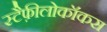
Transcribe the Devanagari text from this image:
स्टैफ़ीलोकॉकस